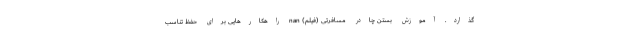
گذارد. آموزش بستن چادر مسافرتی (فیلم) nan راهکارهایی برای حفظ تناسب